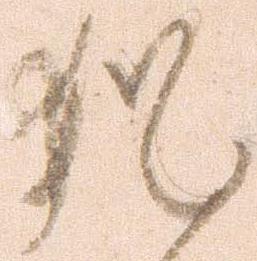
猶